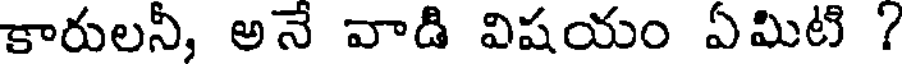
కారులనీ, అనే వాడి విషయం ఏమిటి ?